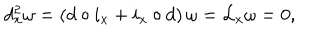
LaTeX: d _ { x } ^ { 2 } \omega = \left( d \circ i _ { x } + i _ { x } \circ d \right) \omega = { \cal L } _ { x } \omega = 0 ,